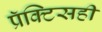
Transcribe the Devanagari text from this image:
प्रॅक्टिसही